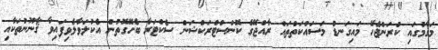
މަޤާމުގައި ކުރަންޖެހޭ މައިގަނޑު މަސައްކަތްތައް ރާއްޖޭގެ ކޮންސްޓްރަކްޝަން ސެކްޓަރާ ބެހޭގޮތުން އެކުލަވާލެވިފައިވާ ޤާނޫނުތަކާއި